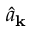
\hat { a } _ { \bf k }